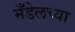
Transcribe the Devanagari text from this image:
मँडेलच्या